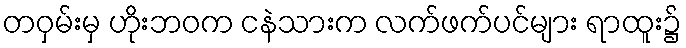
တဝှမ်းမှ ဟိုးဘဝက ငနဲသားက လက်ဖက်ပင်များ ရာထူး၌